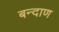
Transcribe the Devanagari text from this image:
बन्दाण